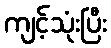
ကျင့်သုံးပြီး